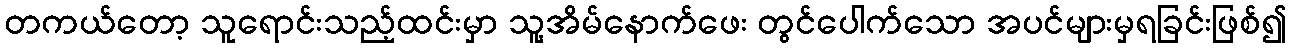
တကယ်တော့ သူရောင်းသည့်ထင်းမှာ သူ့အိမ်နောက်ဖေး တွင်ပေါက်သော အပင်များမှရခြင်းဖြစ်၍